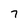
Character: 7